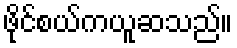
ဖိုင်စယ်ကယူဆသည်။